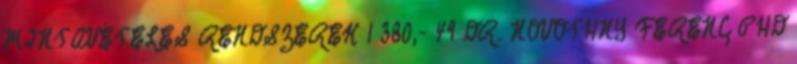
MINTAVÉTELES RENDSZEREK 1 380,- 49 DR. NOVOTHNY FERENC PHD